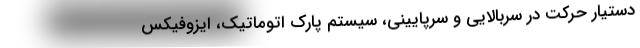
دستیار حرکت در سربالایی و سرپایینی، سیستم پارک اتوماتیک، ایزوفیکس